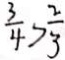
\frac { 3 } { 4 } > \frac { 2 } { 3 }